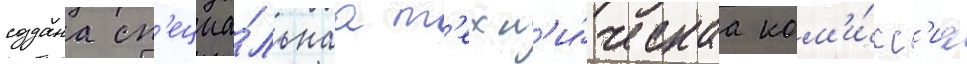
создана сп'ециа́льнаа т'ехн'и́ческаа ком'и́сс'иа